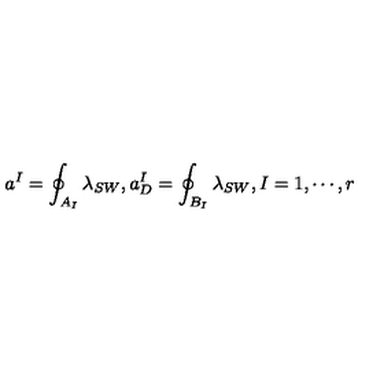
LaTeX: a ^ { I } = \oint _ { A _ { I } } \lambda _ { S W } , a _ { D } ^ { I } = \oint _ { B _ { I } } \lambda _ { S W } , I = 1 , \cdots , r